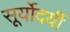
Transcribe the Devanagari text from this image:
सूर्योदयीं